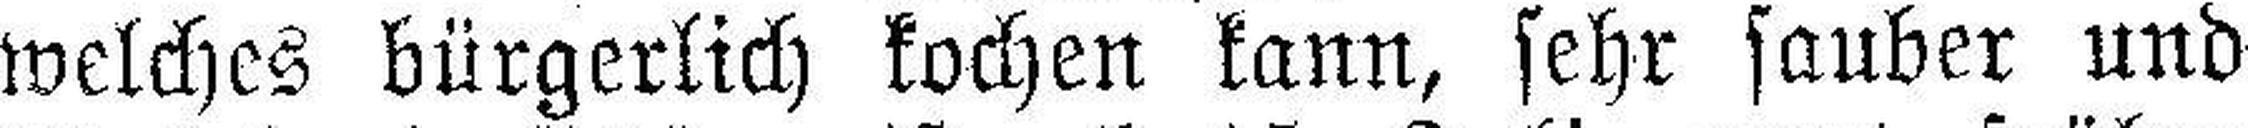
welches bürgerlich kochen kann, sehr sauber und